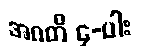
အဂတိ ၄-ပါး